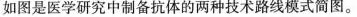
如图是医学研究中制备抗体的两种技术路线模式简图。